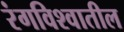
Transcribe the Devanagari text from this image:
रंगविश्वातील